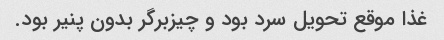
غذا موقع تحویل سرد بود و چیزبرگر بدون پنیر بود.